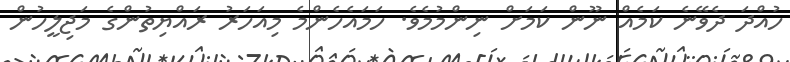
ހުއްދަ ދެވޭނެ ކަމެއް ނޫން ކަމަށް ނިންމުމެވެ. ހަމައެހެންމެ މިއަހަރު ރައްޔިތުންގެ މަޖިލީހުން